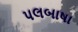
પલબાષા